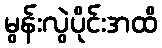
မွန်းလွဲပိုင်းအထိ